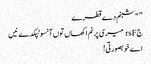
” "شبنم دے قطرے
جrsF میری پرنم اکھاں تو‏ں آنسو ٹپکدے نیں
اے خوبصورتی!